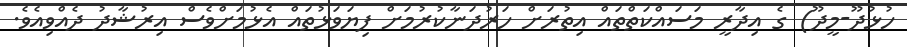
ހުޅުދޫ-މީދޫ) ގެ އިދާރީ މަސައްކަތްތައް އިތުރަށް ހަރުދަނާކުރުމަށް ފިޔަވަޅުތައް އެޅުމަށްވެސް އިރުޝާދު ދެއްވިއެވެ.